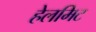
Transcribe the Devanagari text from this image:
हेलमिट